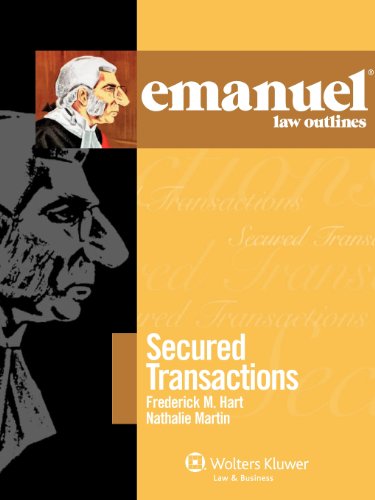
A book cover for Emanuel Law Outlines: Secured Transactions 2010; Frederick M. Hart; Law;